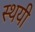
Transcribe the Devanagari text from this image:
स्थयी